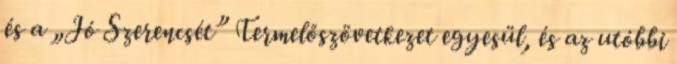
és a „Jó Szerencsét” Termelőszövetkezet egyesül, és az utóbbi